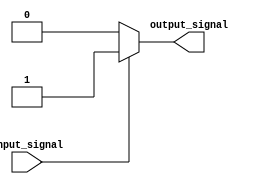
module Buffer(
    input wire input_signal,
    output reg output_signal
);

always @ (input_signal)
begin
    if(input_signal)
        output_signal = 1'b1;
    else
        output_signal = 1'b0;
end

endmodule